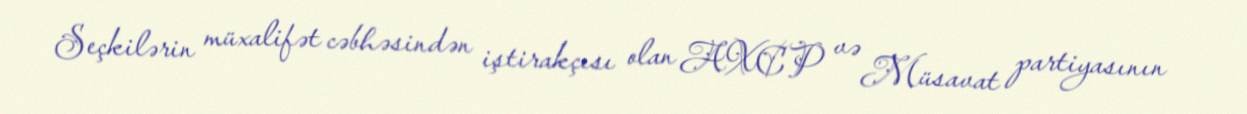
Seçkilərin müxalifət cəbhəsindən iştirakçısı olan AXCP və Müsavat partiyasının